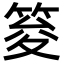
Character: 𥭟